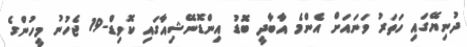
ދުނިޔޭގައި ހަތަރު ވަނައަށް އެންމެ އާބާދީ ބޮޑު އިންޑޮނޭޝިއާގައި ކޮވިޑް-19 ޖެހުނު މީހުންގެ